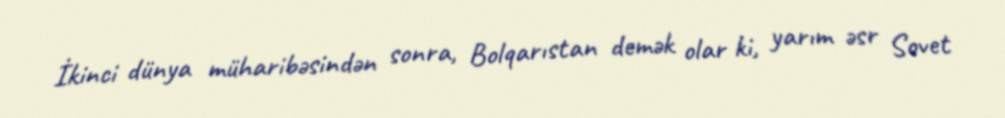
İkinci dünya müharibəsindən sonra, Bolqarıstan demək olar ki, yarım əsr Sovet